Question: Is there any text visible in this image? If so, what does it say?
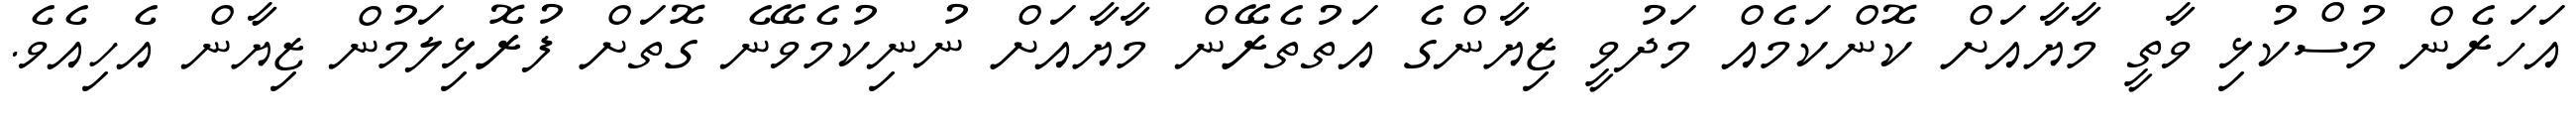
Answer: އަހަރެން މުސްކުޅި ވާތީ މާޔާއަށް ކޮންކަމެއް މަދުވީ ޒިޔާންގެ އަތުތެރޭން މާޔާއަށް ނުނިކުމެވޭނެ ގޮތަށް ފުރޮޅިލަމުން ޒިޔާން އެހިއެވެ.